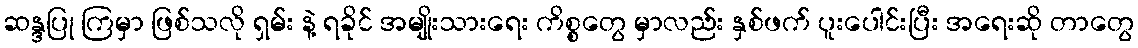
ဆန္ဒပြု ကြမှာ ဖြစ်သလို ရှမ်း နဲ့ ရခိုင် အမျိုးသားရေး ကိစ္စတွေ မှာလည်း နှစ်ဖက် ပူးပေါင်းပြီး အရေးဆို တာတွေ